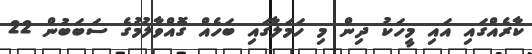
ކާރެއްގައި އައި މީހަކު ދިން މި ހަމަލާގައި ބަހެއް ގޮއްވާލުމުގެ ސަބަބުން 22